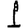
Digit: 1